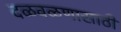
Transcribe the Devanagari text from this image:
दळवळणासाठी